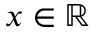
x \in \mathbb { R }